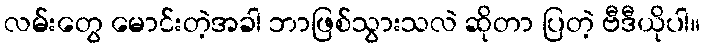
လမ်းတွေ မောင်းတဲ့အခါ ဘာဖြစ်သွားသလဲ ဆိုတာ ပြတဲ့ ဗီဒီယိုပါ။